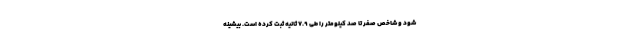
شود و شاخص صفر تا صد کیلومتر را طی 7.9 ثانیه ثبت کرده است. بیشینه